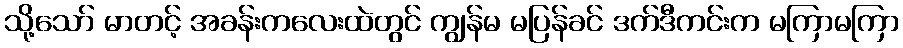
သို့သော် မာတင့် အခန်းကလေးထဲတွင် ကျွန်မ မပြန်ခင် ဒက်ဒီကင်းက မကြာမကြာ